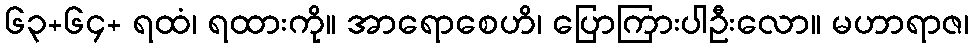
၆၃+၆၄+ ရထံ၊ ရထားကို။ အာရောစေဟိ၊ ပြောကြားပါဦးလော။ မဟာရာဇ၊